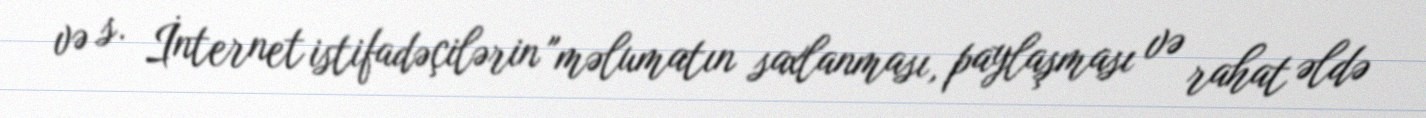
və s. İnternet istifadəçilərin "məlumatın saxlanması, paylaşması və rahat əldə